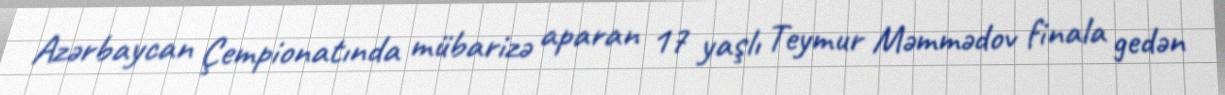
Azərbaycan Çempionatında mübarizə aparan 17 yaşlı Teymur Məmmədov finala gedən